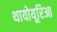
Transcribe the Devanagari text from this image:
थायोयूरिआ